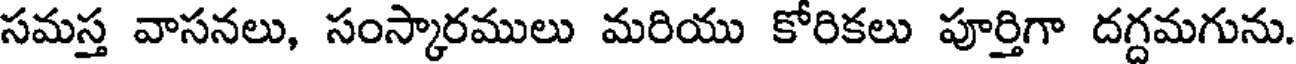
సమస్త వాసనలు, సంస్కారములు మరియు కోరికలు పూర్తిగా దగ్దమగును.